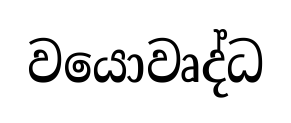
වයොවෘද්ධ